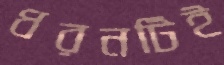
ধরনটিই